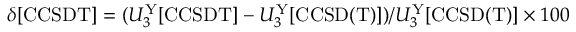
\delta [ \mathrm { C C S D T } ] = ( U _ { 3 } ^ { \mathrm { Y } } [ \mathrm { C C S D T } ] - U _ { 3 } ^ { \mathrm { Y } } [ \mathrm { C C S D ( T ) } ] ) / U _ { 3 } ^ { \mathrm { Y } } [ \mathrm { C C S D ( T ) } ] \times 1 0 0 \